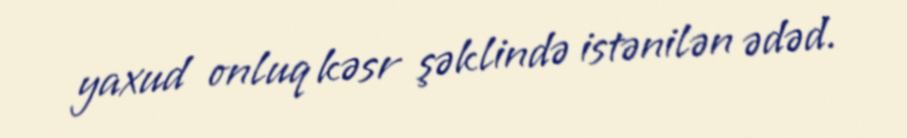
yaxud onluq kəsr şəklində istənilən ədəd.